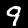
Digit: 9